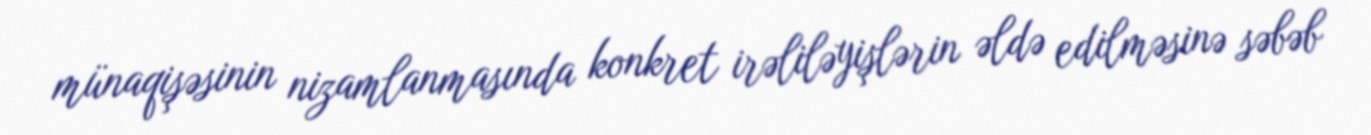
münaqişəsinin nizamlanmasında konkret irəliləyişlərin əldə edilməsinə səbəb